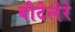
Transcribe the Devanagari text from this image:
बौदेलेरे